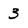
Character: 3